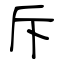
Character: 斥